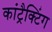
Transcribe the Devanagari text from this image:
कांट्रैक्टिंग